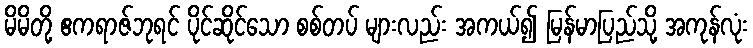
မိမိတို့ ဧကရာဇ်ဘုရင် ပိုင်ဆိုင်သော စစ်တပ် များလည်း အကယ်၍ မြန်မာပြည်သို့ အကုန်လုံး